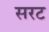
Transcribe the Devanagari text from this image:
सरट